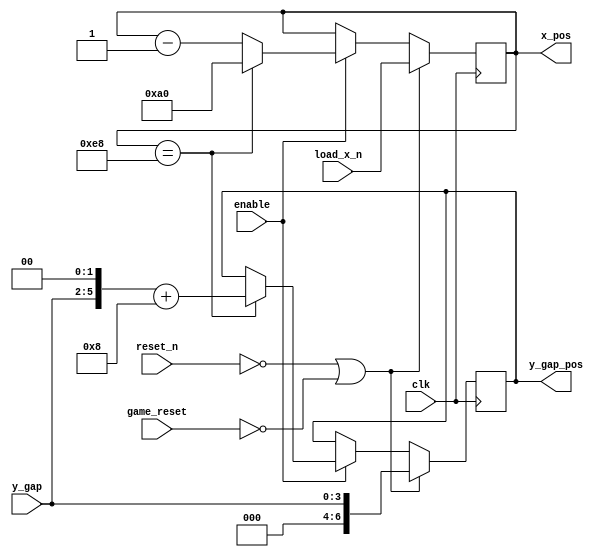
module pillar_pos(
	input clk, reset_n, game_reset, enable,
	input [7:0] load_x_n,
	input [3:0] y_gap,
	output reg [7:0] x_pos, 
	output reg [6:0] y_gap_pos
	);

	// pos control
	always @(posedge clk) begin
		if (!reset_n | !game_reset) begin
			y_gap_pos <= y_gap;
			x_pos <= load_x_n;
		end
		else if (enable) begin
			if (x_pos == -8'd24) begin
				x_pos <= 8'd160;
				y_gap_pos <= {1'b0, y_gap, 2'b0} + 7'd8;
			end
			else begin
				x_pos = x_pos - 8'd1;
			end
		end
	end
endmodule


module bird_pos(
	input clk, reset_n, game_reset, enable,
	input dir_enable,
	output reg [6:0] y_pos
	);
	
	reg [3:0] up, down;
	reg [1:0] enabled;
	
	// direction control
	always @(posedge clk) begin
		if (!reset_n | !game_reset) begin
			down <= 4'd0;
			up <= 4'd0;
			enabled <= 2'd2;
		end
		else if (enable == 1'b1) begin
			if (enabled > 0)
				enabled = enabled - 1'b1;
			else begin
				if (down < 4'd4) begin
					down = down + 4'd1;
				end
			end
			if (up > 0) 
				up = up - 4'd1;
			else if (up < 12 & dir_enable) begin
				up = up + 4'd8;
				down <= 4'd0;
			end
		end
	end
	
	// pos control
	always @(posedge clk) begin
		if (!reset_n) begin
			y_pos <= 7'd50;
			
		end
		else if (enable == 1'b1) begin
			if (y_pos - up + down > 7'd2 & y_pos - up + down < 7'd118) 
				y_pos = y_pos - up + down;
		end
	end
endmodule